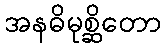
အနဓိမုစ္ဆိတော